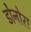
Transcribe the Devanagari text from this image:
डोनोरा